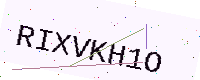
Text: RIXVKH1O